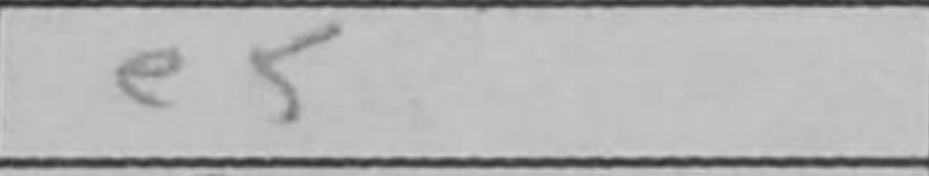
Transcription: e5